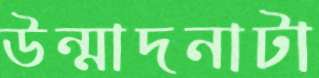
উন্মাদনাটা